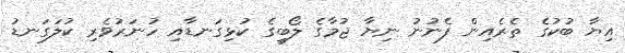
އިޔާ ބުކުގެ ތެރެއިން ފެނުނު ނިޔާ ޖުމާގެ ލޯބީގެ ކުޅިގަނޑާއި ހުނަރުވެރި ކުލަގަނޑު